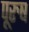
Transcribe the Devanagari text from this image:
पूरुष